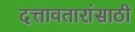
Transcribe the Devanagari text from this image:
दत्तावतारांसाठी